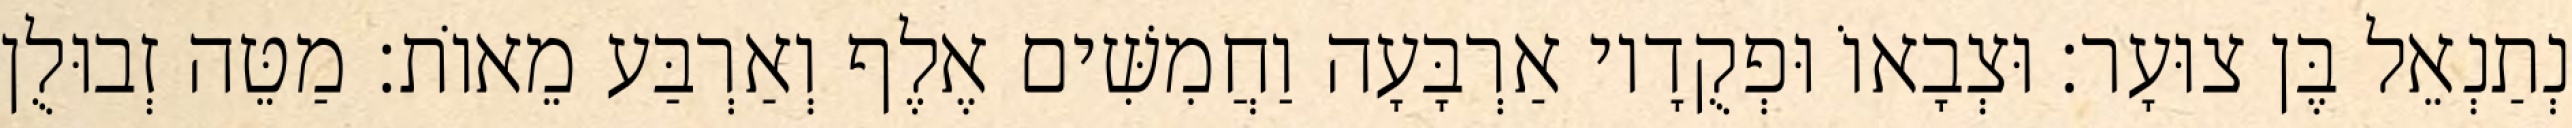
נְתַנְאֵל בֶּן צוּעָר׃ וּצְבָאוֹ וּפְקֻדָיו אַרְבָּעָה וַחֲמִשִּׁים אֶלֶף וְאַרְבַּע מֵאוֹת׃ מַטֵּה זְבוּלֻן